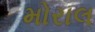
મોરાલ